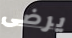
يرضى